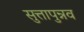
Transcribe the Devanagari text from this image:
सुत्तापुन्नव